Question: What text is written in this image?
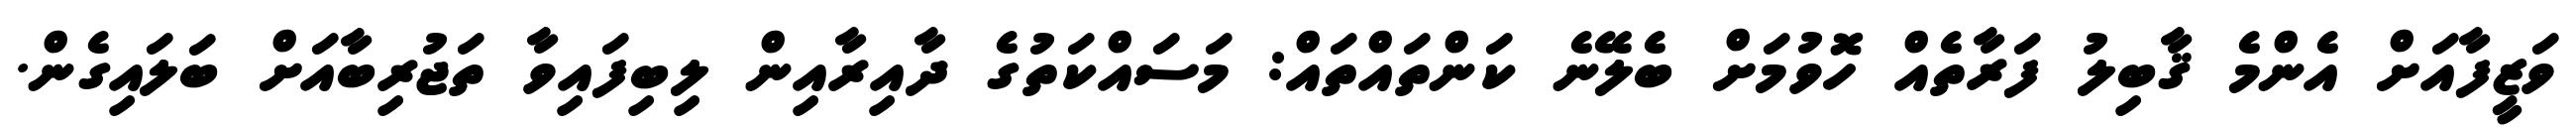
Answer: ވަޒީފާއަށް އެންމެ ޤާބިލު ފަރާތެއް ހޮވުމަށް ބެލޭނެ ކަންތައްތައް: މަސައްކަތުގެ ދާއިރާއިން ލިބިފައިވާ ތަޖުރިބާއަށް ބަލައިގެން.